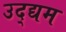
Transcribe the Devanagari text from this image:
उद्द्यम